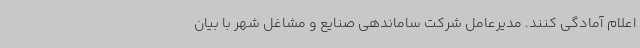
اعلام آمادگی کنند. مدیرعامل شرکت ساماندهی صنایع و مشاغل شهر با بیان